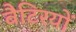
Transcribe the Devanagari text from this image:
बैटिरयों